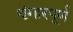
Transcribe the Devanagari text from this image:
शृंगारपूर्ण